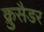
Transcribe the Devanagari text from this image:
क्रुसैडर